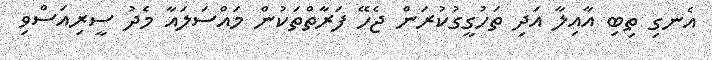
އެނގި ތިބި އާއިލާ އަދި ތަހުގީގުކުރަން ޖެހޭ ފަރާތްތަކުން މައްސަލައާ މެދު ސީރިއަސްވި